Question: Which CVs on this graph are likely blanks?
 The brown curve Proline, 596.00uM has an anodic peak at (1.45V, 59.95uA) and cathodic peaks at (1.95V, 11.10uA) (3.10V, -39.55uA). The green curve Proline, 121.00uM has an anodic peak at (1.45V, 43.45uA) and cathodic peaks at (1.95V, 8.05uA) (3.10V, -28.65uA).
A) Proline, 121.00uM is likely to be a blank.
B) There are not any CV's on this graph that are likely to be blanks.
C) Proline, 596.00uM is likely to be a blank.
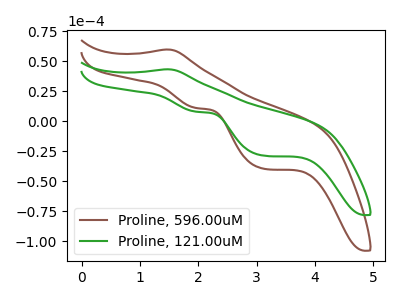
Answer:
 <answer>B) There are not any CV's on this graph that are likely to be blanks.</answer>
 <eval>B</eval>